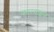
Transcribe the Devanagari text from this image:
कारबाइन